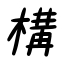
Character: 構